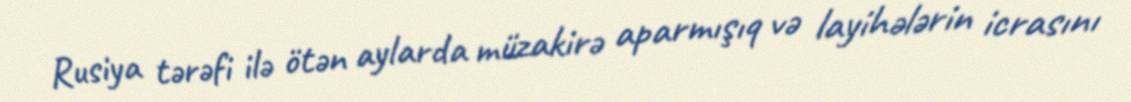
Rusiya tərəfi ilə ötən aylarda müzakirə aparmışıq və layihələrin icrasını